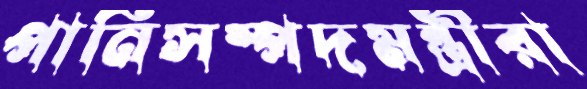
পানিসম্পদমন্ত্রীরা